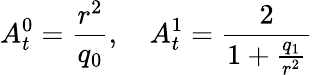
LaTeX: A_{t}^{0}=\frac{r^{2}}{q_{0}},\quad A_{t}^{1}=\frac{2}{1+\frac{q_{1}}{r^{2}}}